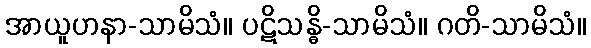
အာယူဟနာ-သာမိသံ။ ပဋိသန္ဓိ-သာမိသံ။ ဂတိ-သာမိသံ။